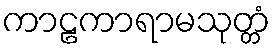
ကာဠကာရာမသုတ္တံ